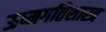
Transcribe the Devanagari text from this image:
ऊष्मगतिशास्त्र